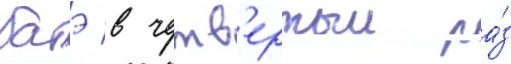
батэ в четв'ертыи ра́з